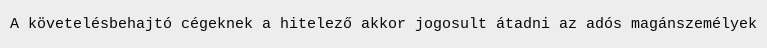
A követelésbehajtó cégeknek a hitelező akkor jogosult átadni az adós magánszemélyek